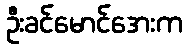
ဦးခင်မောင်အေးက